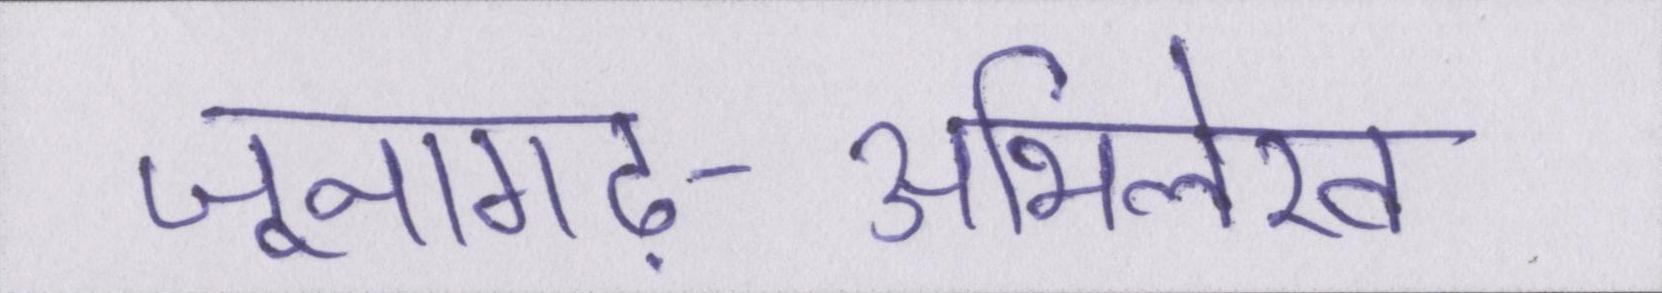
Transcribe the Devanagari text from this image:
जूनागढ़-अभिलेख